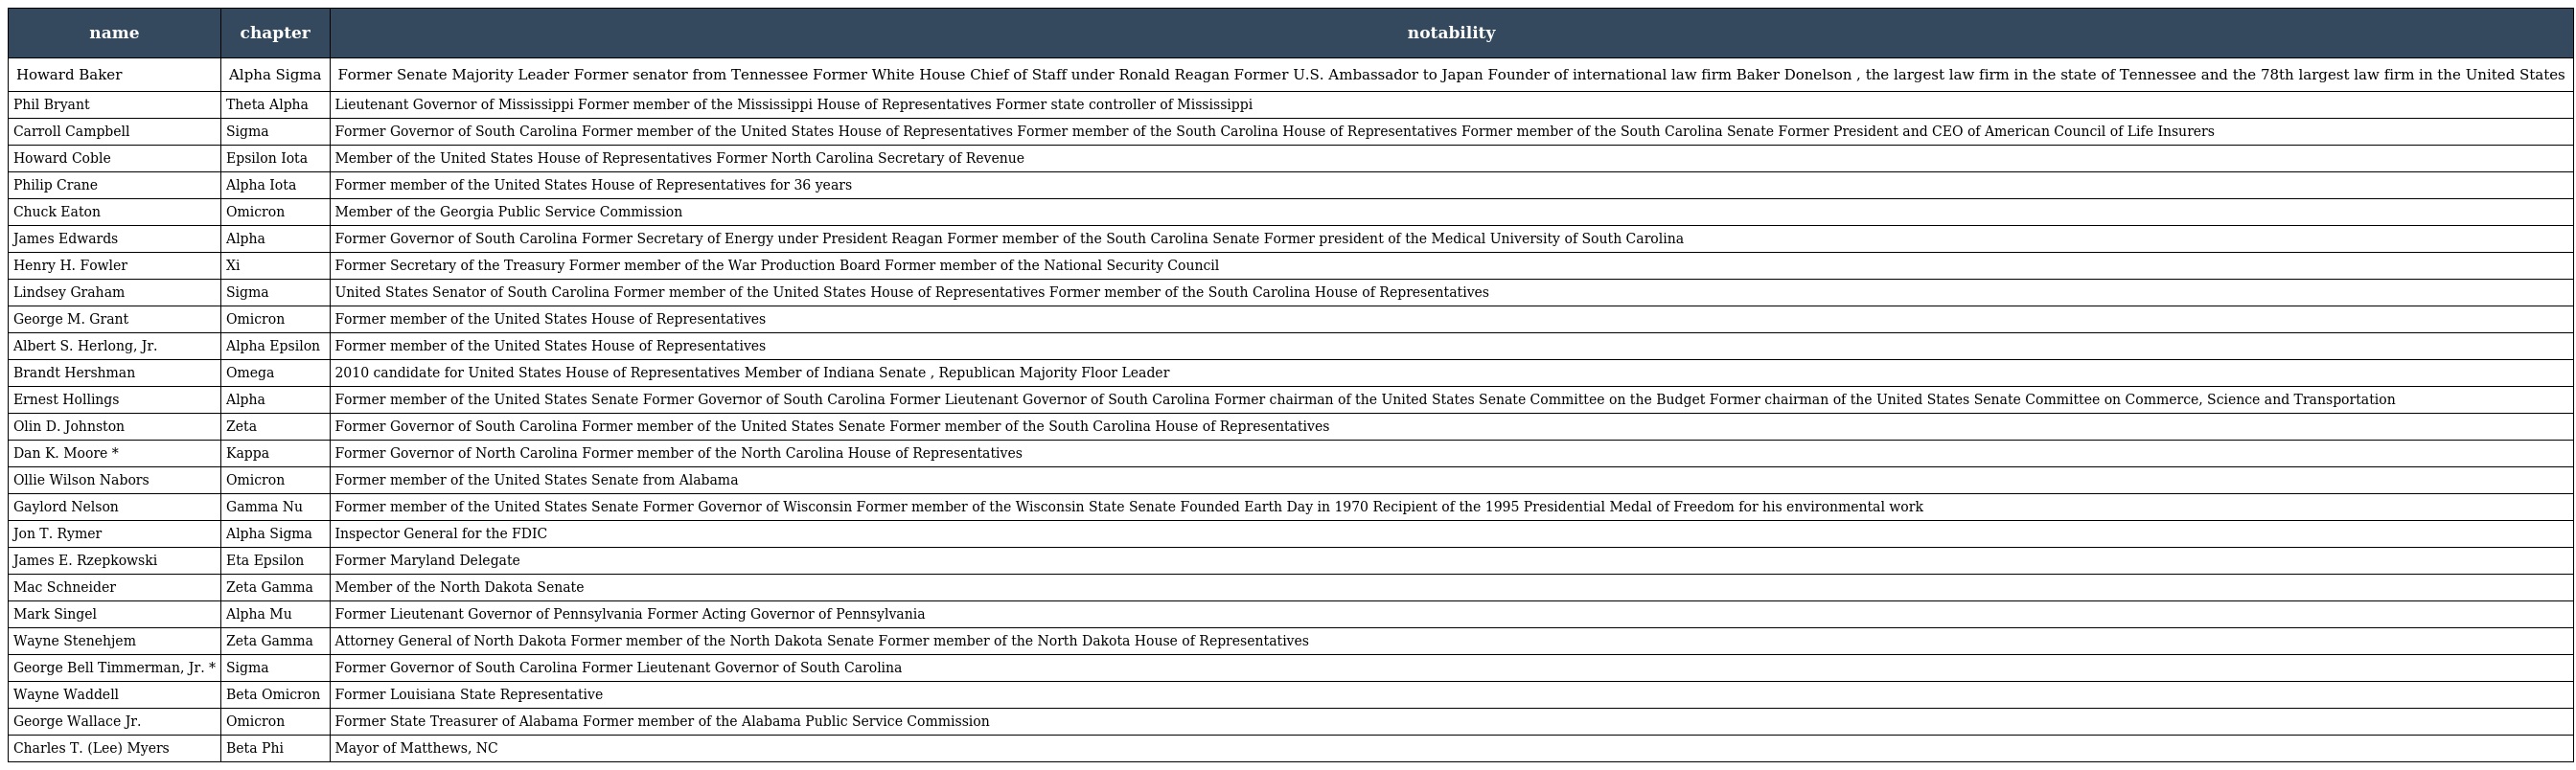
| name | chapter | notability |
 | --- | --- | --- |
 | Howard Baker | Alpha Sigma | Former Senate Majority Leader Former senator from Tennessee Former White House Chief of Staff under Ronald Reagan Former U.S. Ambassador to Japan Founder of international law firm Baker Donelson , the largest law firm in the state of Tennessee and the 78th largest law firm in the United States |
 | Phil Bryant | Theta Alpha | Lieutenant Governor of Mississippi Former member of the Mississippi House of Representatives Former state controller of Mississippi |
 | Carroll Campbell | Sigma | Former Governor of South Carolina Former member of the United States House of Representatives Former member of the South Carolina House of Representatives Former member of the South Carolina Senate Former President and CEO of American Council of Life Insurers |
 | Howard Coble | Epsilon Iota | Member of the United States House of Representatives Former North Carolina Secretary of Revenue |
 | Philip Crane | Alpha Iota | Former member of the United States House of Representatives for 36 years |
 | Chuck Eaton | Omicron | Member of the Georgia Public Service Commission |
 | James Edwards | Alpha | Former Governor of South Carolina Former Secretary of Energy under President Reagan Former member of the South Carolina Senate Former president of the Medical University of South Carolina |
 | Henry H. Fowler | Xi | Former Secretary of the Treasury Former member of the War Production Board Former member of the National Security Council |
 | Lindsey Graham | Sigma | United States Senator of South Carolina Former member of the United States House of Representatives Former member of the South Carolina House of Representatives |
 | George M. Grant | Omicron | Former member of the United States House of Representatives |
 | Albert S. Herlong, Jr. | Alpha Epsilon | Former member of the United States House of Representatives |
 | Brandt Hershman | Omega | 2010 candidate for United States House of Representatives Member of Indiana Senate , Republican Majority Floor Leader |
 | Ernest Hollings | Alpha | Former member of the United States Senate Former Governor of South Carolina Former Lieutenant Governor of South Carolina Former chairman of the United States Senate Committee on the Budget Former chairman of the United States Senate Committee on Commerce, Science and Transportation |
 | Olin D. Johnston | Zeta | Former Governor of South Carolina Former member of the United States Senate Former member of the South Carolina House of Representatives |
 | Dan K. Moore * | Kappa | Former Governor of North Carolina Former member of the North Carolina House of Representatives |
 | Ollie Wilson Nabors | Omicron | Former member of the United States Senate from Alabama |
 | Gaylord Nelson | Gamma Nu | Former member of the United States Senate Former Governor of Wisconsin Former member of the Wisconsin State Senate Founded Earth Day in 1970 Recipient of the 1995 Presidential Medal of Freedom for his environmental work |
 | Jon T. Rymer | Alpha Sigma | Inspector General for the FDIC |
 | James E. Rzepkowski | Eta Epsilon | Former Maryland Delegate |
 | Mac Schneider | Zeta Gamma | Member of the North Dakota Senate |
 | Mark Singel | Alpha Mu | Former Lieutenant Governor of Pennsylvania Former Acting Governor of Pennsylvania |
 | Wayne Stenehjem | Zeta Gamma | Attorney General of North Dakota Former member of the North Dakota Senate Former member of the North Dakota House of Representatives |
 | George Bell Timmerman, Jr. * | Sigma | Former Governor of South Carolina Former Lieutenant Governor of South Carolina |
 | Wayne Waddell | Beta Omicron | Former Louisiana State Representative |
 | George Wallace Jr. | Omicron | Former State Treasurer of Alabama Former member of the Alabama Public Service Commission |
 | Charles T. (Lee) Myers | Beta Phi | Mayor of Matthews, NC |